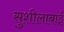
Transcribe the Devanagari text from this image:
सुशीलाबाई